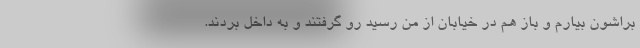
براشون بیارم و باز هم در خیابان از من رسید رو گرفتند و به داخل بردند.